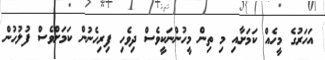
އަހަރުގެ މީހެއް ކަމަށާއި މި ތިން މީހުންނަކީވެސް ދިވެހި ފިރިހެނުން ކަމަށްވެސް ފުލުހުން